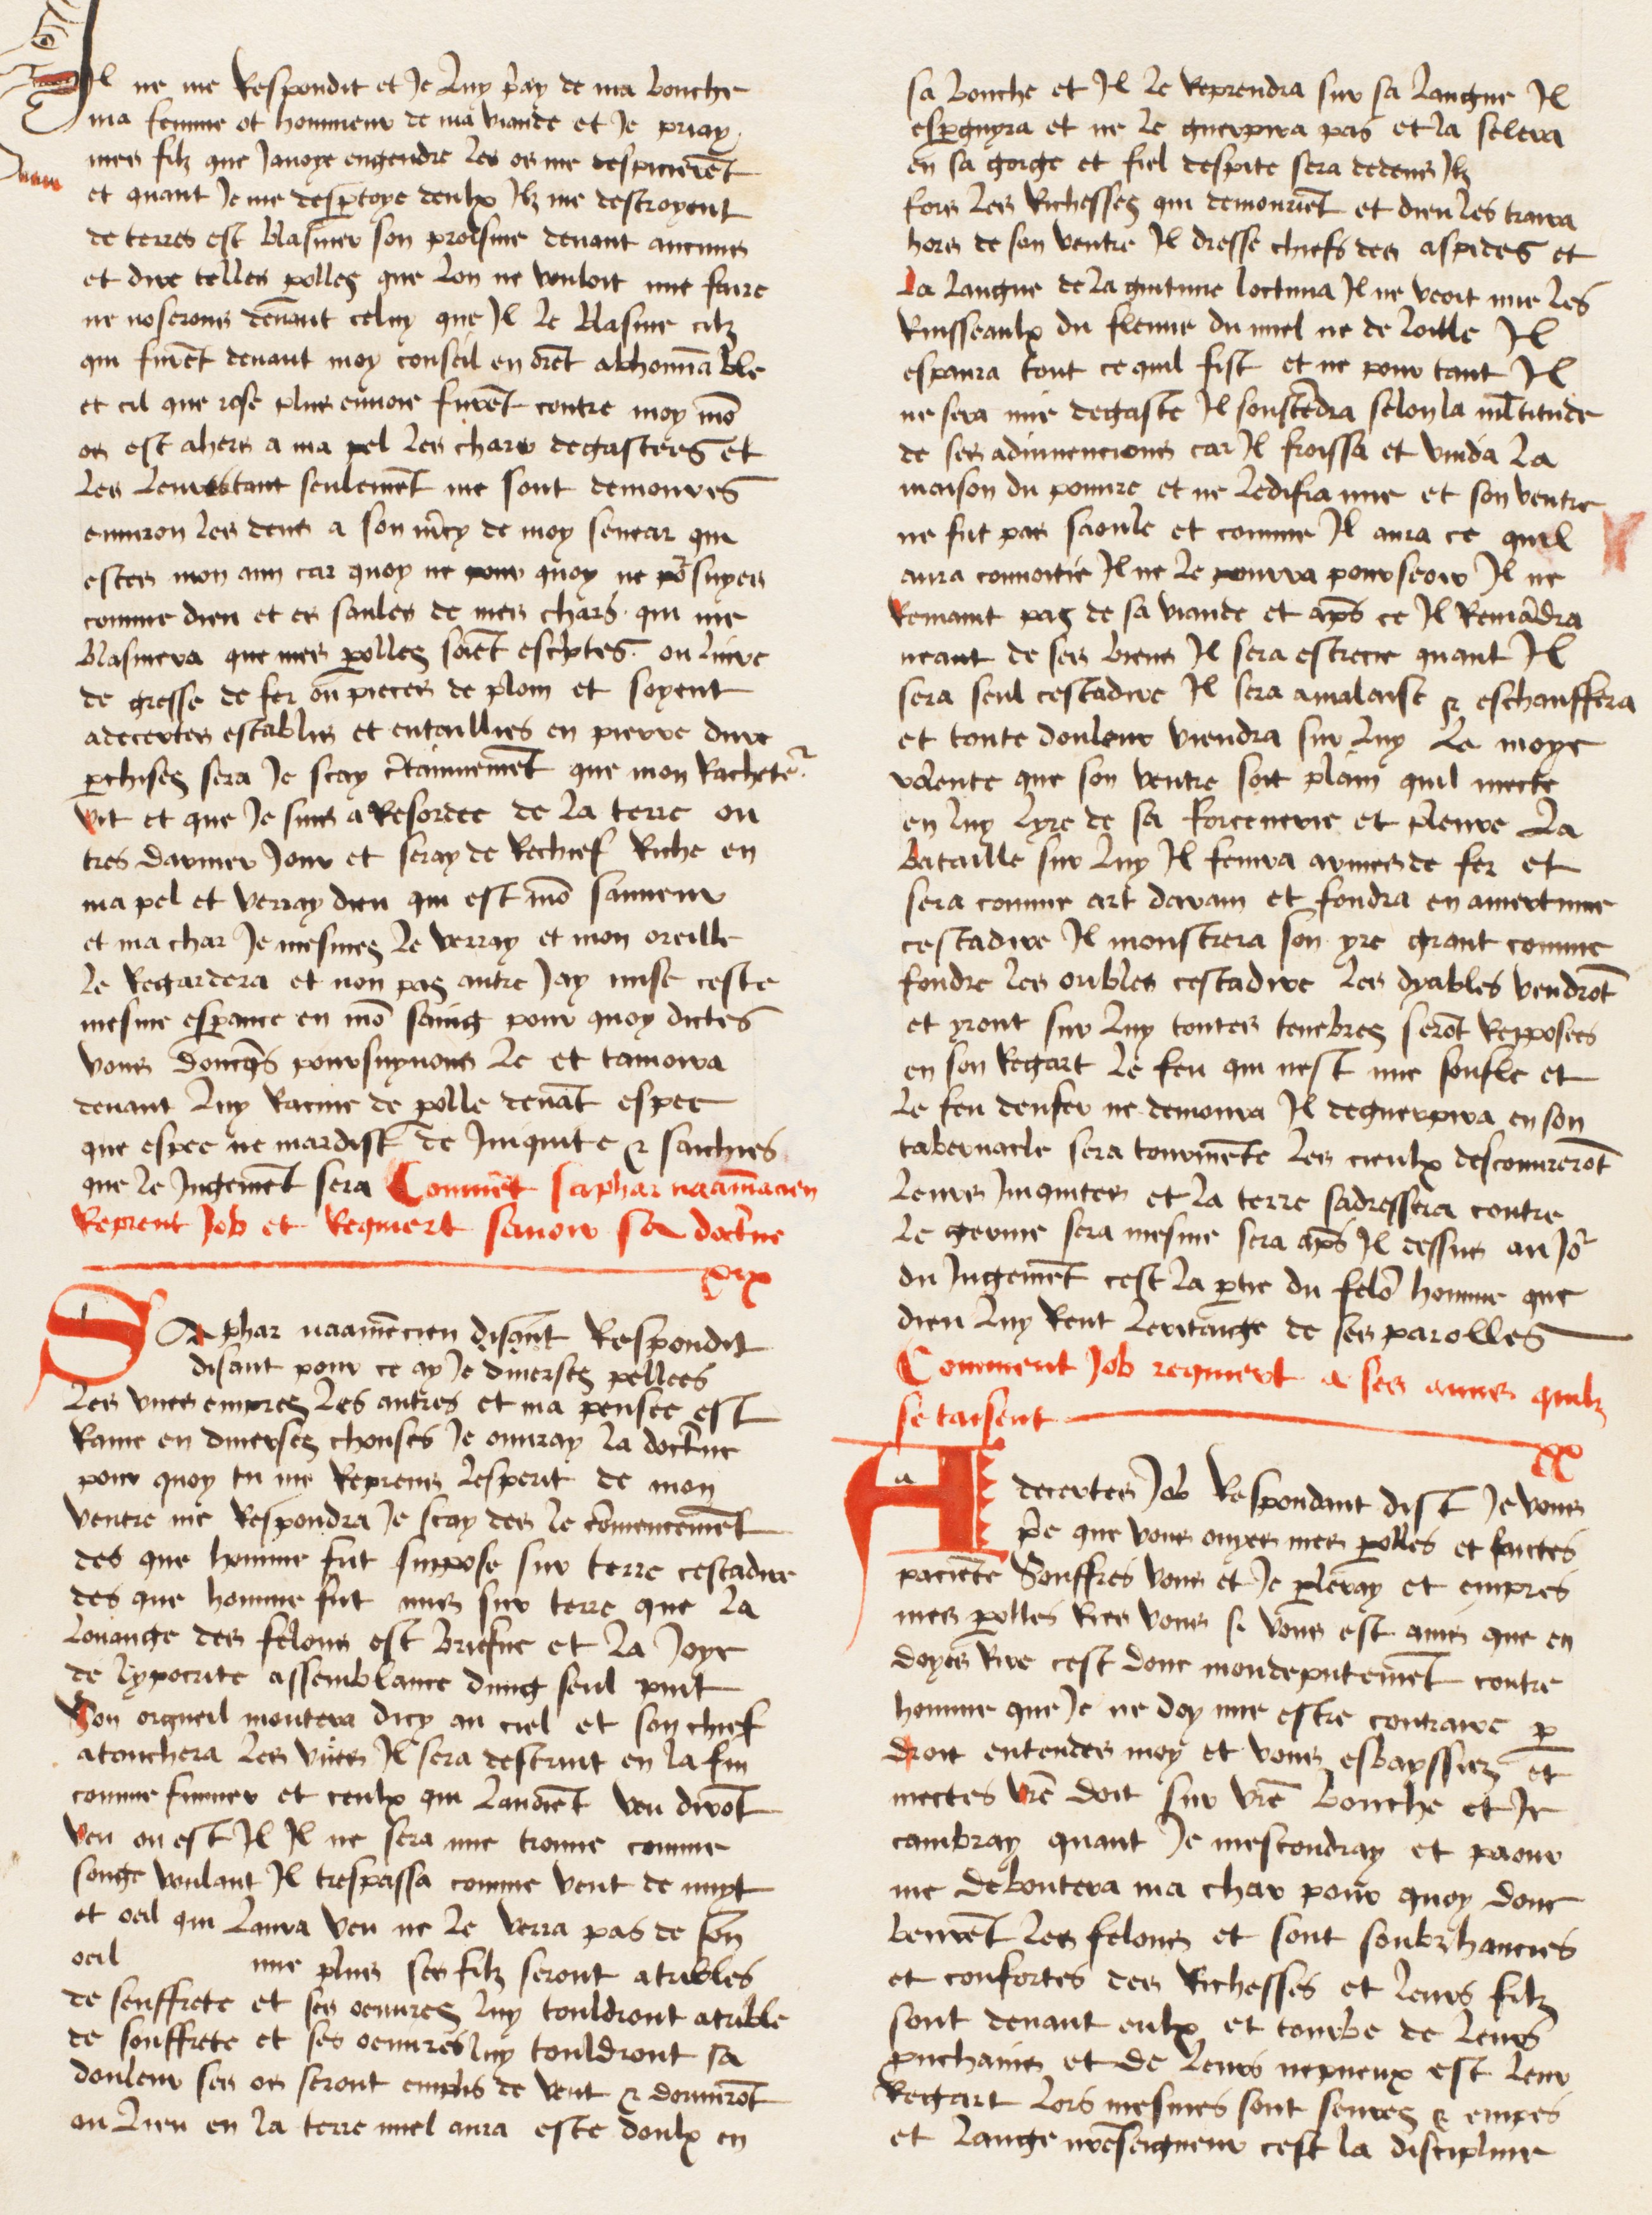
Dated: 1474–1474